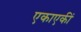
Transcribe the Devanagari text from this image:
एकाएकीं